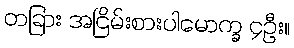
တခြား အငြိမ်းစားပါမောက္ခ ၄ဦး။